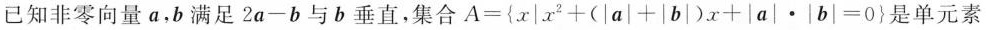
已知非零向量a，b满足 $$2 a - b$$ 与b垂直，集合 $$A = \left \{ x \mid x ^ { 2 } + ( \left | a \right | + \left | b \right | ) x + \left | a \right | \cdot \left | b \right | = 0 \right \}$$ 是单元素